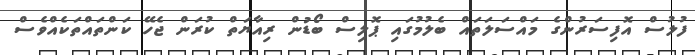
ފުލުސް އޮފިސަރުންގެ މައްސަލަތައް ބެލުމުގައި ޕޮލިސް ބޯޑުން ރިއާޔަތް ކުރަން ޖެހޭ ކަންތައްތަކެއްވެސް